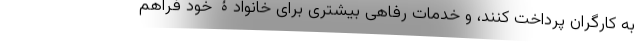
به کارگران پرداخت کنند، و خدمات رفاهی بیشتری برای خانوادۀ خود فراهم